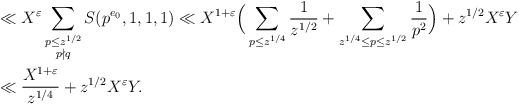
LaTeX: \begin{align*}&\ll X^{\varepsilon} \sum_{\substack{p \leq z^{1/2}\\ p \nmid q}} S(p^{e_0}, 1, 1, 1) \ll X^{1+\varepsilon}\Big(\sum_{p \leq z^{1/4}} \frac{1}{z^{1/2}} + \sum_{z^{1/4} \leq p \leq z^{1/2}} \frac{1}{p^2}\Big) + z^{1/2} X^{\varepsilon}Y\\& \ll \frac{X^{1+\varepsilon}}{ z^{1/4}} + z^{1/2}X^{\varepsilon}Y. \end{align*}